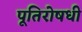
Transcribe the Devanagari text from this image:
पूतिरोषधी